Indian Medical Review
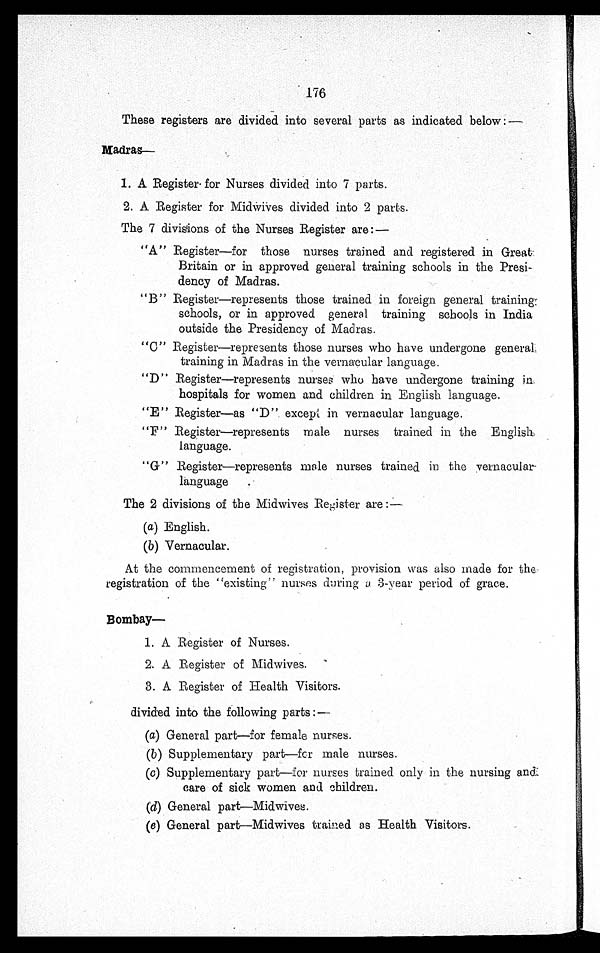
176
These registers are divided into several parts as indicated below:—
Madras—
1. A Register. for Nurses divided into 7 parts.
2.
A Register for MidWives divided into 2 parts.
The 7 divisions of the Nurses Register are:—
"A" Register—for those nurses trained and registered in Great.
Britain or in approved general training schools in the Presi-
dency of Madras.
"B" Register—represents those trained in foreign general training
schools, or in approved general training schools in India
outside the Presidency of Madras.
"C" Register—represents those nurses who have undergone general
training in Madras in the vernacular language.
"D" Register—represents nurses who have undergone training in,
hospitals for women and children in English language.
"E" Register—as "D". except in vernacular language.
"F" Register—represents male nurses trained in the English
language.
"G" Register—represents male nurses trained in the vernacular
language
The 2 divisions of the Midwives Register are
(a) English.
(b) Vernacular.
At the commencement of registration, provision was also made for the
registration of the "existing" nurses during a 3-year period of grace.
Bombay-
1. A Register of Nurses.
2. A Register of Midwives.
3. A Register of Health Visitors.
divided into the following parts :—
(a) General part—for female nurses.
(b) Supplementary part—for male nurses.
(c) Supplementary part—for nurses trained only in the nursing and
care of sick women and children.
(d) Gener al par t —Mi dwi ves.
( e ) G e n e r a l p a r t — M i d w i v e s t r a i n e d a s H e a l t h V i s i t o r s .